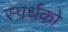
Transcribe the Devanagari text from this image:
स्पर्धको